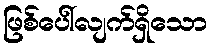
ဖြစ်ပေါ်လျက်ရှိသော